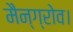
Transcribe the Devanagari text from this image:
मैन्ग्रोव।